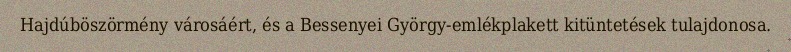
Hajdúböszörmény városáért, és a Bessenyei György-emlékplakett kitüntetések tulajdonosa.